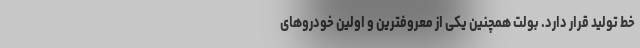
خط تولید قرار دارد. بولت همچنین یکی از معروفترین و اولین خودروهای